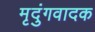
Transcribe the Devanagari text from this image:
मृदुंगवादक